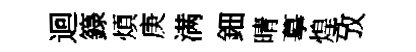
迴籙煩庚满鈿晴摹煌攷